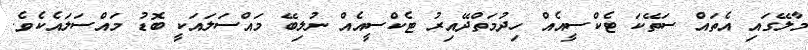
މާލޭގައި އެތައް ސަތޭކަ ޓެކްސީއެއް ހިދުމަތްދޭއިރު ޓެކްސީއެއް ނުލިބޭ މައްސަލައަކީ ބޮޑު މައްސަލައެކެވެ.